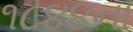
૧૮૪૪ના